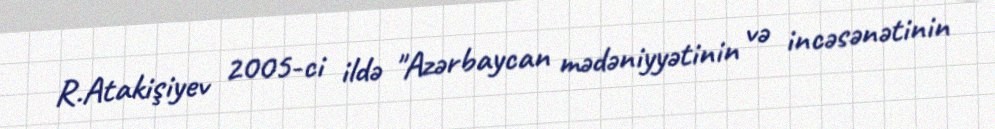
R.Atakişiyev 2005-ci ildə "Azərbaycan mədəniyyətinin və incəsənətinin